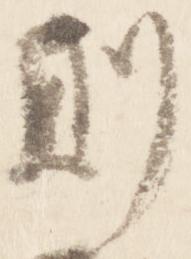
則